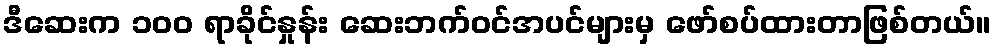
ဒီဆေးက ၁၀၀ ရာခိုင်နှုန်း ဆေးဘက်ဝင်အပင်များမှ ဖော်စပ်ထားတာဖြစ်တယ်။